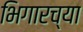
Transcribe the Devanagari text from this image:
भिगारच्या